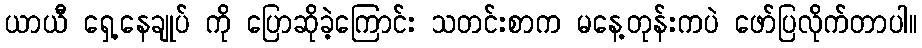
ယာယီ ရှေ့နေချုပ် ကို ပြောဆိုခဲ့ကြောင်း သတင်းစာက မနေ့တုန်းကပဲ ဖော်ပြလိုက်တာပါ။